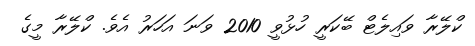
ކްލޭރާ ވައިލެޓް ބޭކަރީ ހުޅުވީ 2010 ވަނަ އަހަރު އެވެ. ކްލޭރާ މީގެ